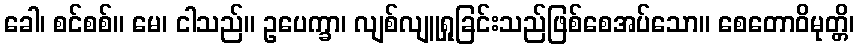
ခေါ၊ စင်စစ်။ မေ၊ ငါသည်။ ဥပေက္ခာ၊ လျစ်လျူရှုခြင်းသည်ဖြစ်စေအပ်သော။ စေတောဝိမုတ္တိ၊